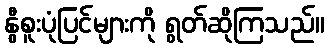
နွီစူးပုံပြင်များကို ရွတ်ဆိုကြသည်။